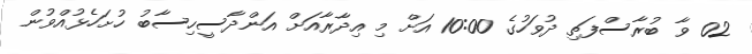
02 ވާ ބުރާސްފަތި ދުވަހުގެ 10:00 އަށް މި އިދާރާއަށް އަންދާސީހިސާބު ހުށަހެޅުއްވުން